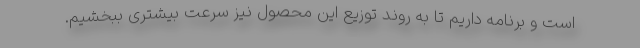
است و برنامه داریم تا به روند توزیع این محصول نیز سرعت بیشتری ببخشیم.